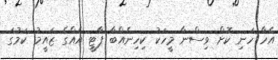
އެހާ ހަނި ކޮށް ވިސްނާ މީހަކު ކިހިނެއްބާ ޕާޓީ އެއްގެ ޒައީމު ކަމުގަ